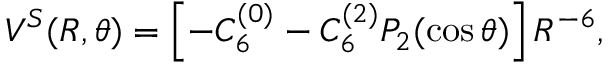
V ^ { S } ( R , \theta ) = \left[ - C _ { 6 } ^ { ( 0 ) } - C _ { 6 } ^ { ( 2 ) } P _ { 2 } ( \cos \theta ) \right] R ^ { - 6 } ,